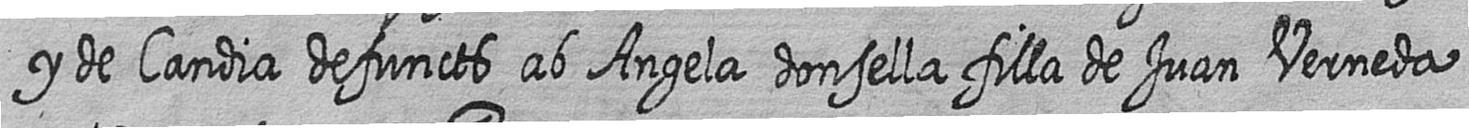
y de Candia defuncts ab Angela donsella filla de Juan Verneda